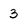
Character: 3